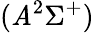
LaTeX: (\mathit{A}^{2}\Sigma^{+})